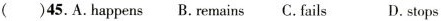
( )45.A.Happens B.remains C.fails D.stops